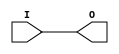
module IBUFG_LVDCI_18 (O, I);

    output O;

    input  I;

	buf B1 (O, I);


endmodule